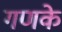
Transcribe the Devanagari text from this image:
गणके